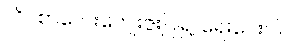
လိပ်စာလေးကျေးဇူးပြု၍ ရေးပေးပါ။